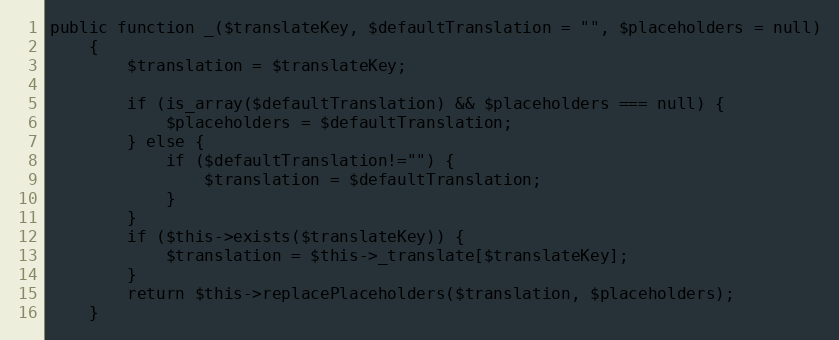
Language: PHP
public function _($translateKey, $defaultTranslation = "", $placeholders = null)
	{
		$translation = $translateKey;

		if (is_array($defaultTranslation) && $placeholders === null) {
			$placeholders = $defaultTranslation;
		} else {
			if ($defaultTranslation!="") {
				$translation = $defaultTranslation;
			}
		}
		if ($this->exists($translateKey)) {
			$translation = $this->_translate[$translateKey];
		}
		return $this->replacePlaceholders($translation, $placeholders);
	}